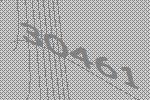
30461